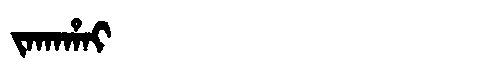
Manchu: ᠵᠠᡴᠠᡥᠠᡳ
Romanization: JAKAHAI